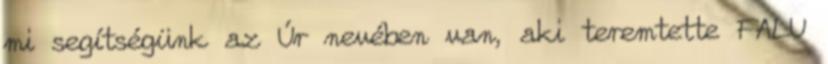
mi segítségünk az Úr nevében van, aki teremtette FALU